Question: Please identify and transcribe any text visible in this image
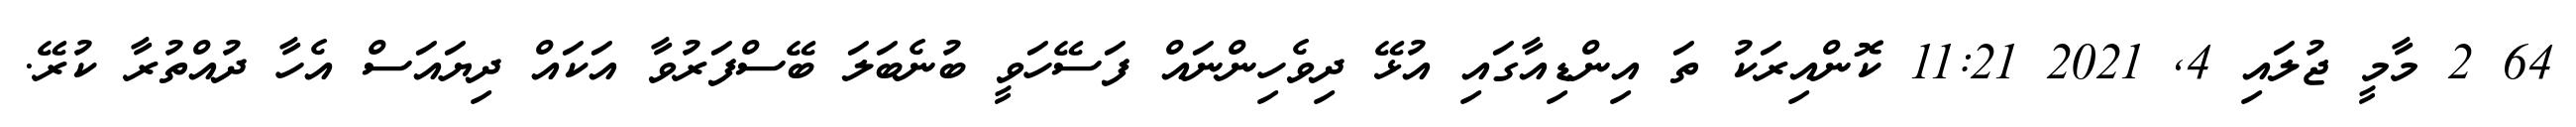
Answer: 64 2 މާމީ ޖުލައި 4, 2021 11:21 ކޮންއިރަކު ތަ އިންޑިއާގައި އުޅޭ ދިވެހިންނައް ފަސޭހަވީ ބުނެބަލަ ބޭސްފަރުވާ އަކައް ދިޔައަސް އެހާ ދުއްތުރާ ކުރޭ.